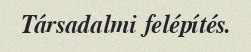
Társadalmi felépítés.